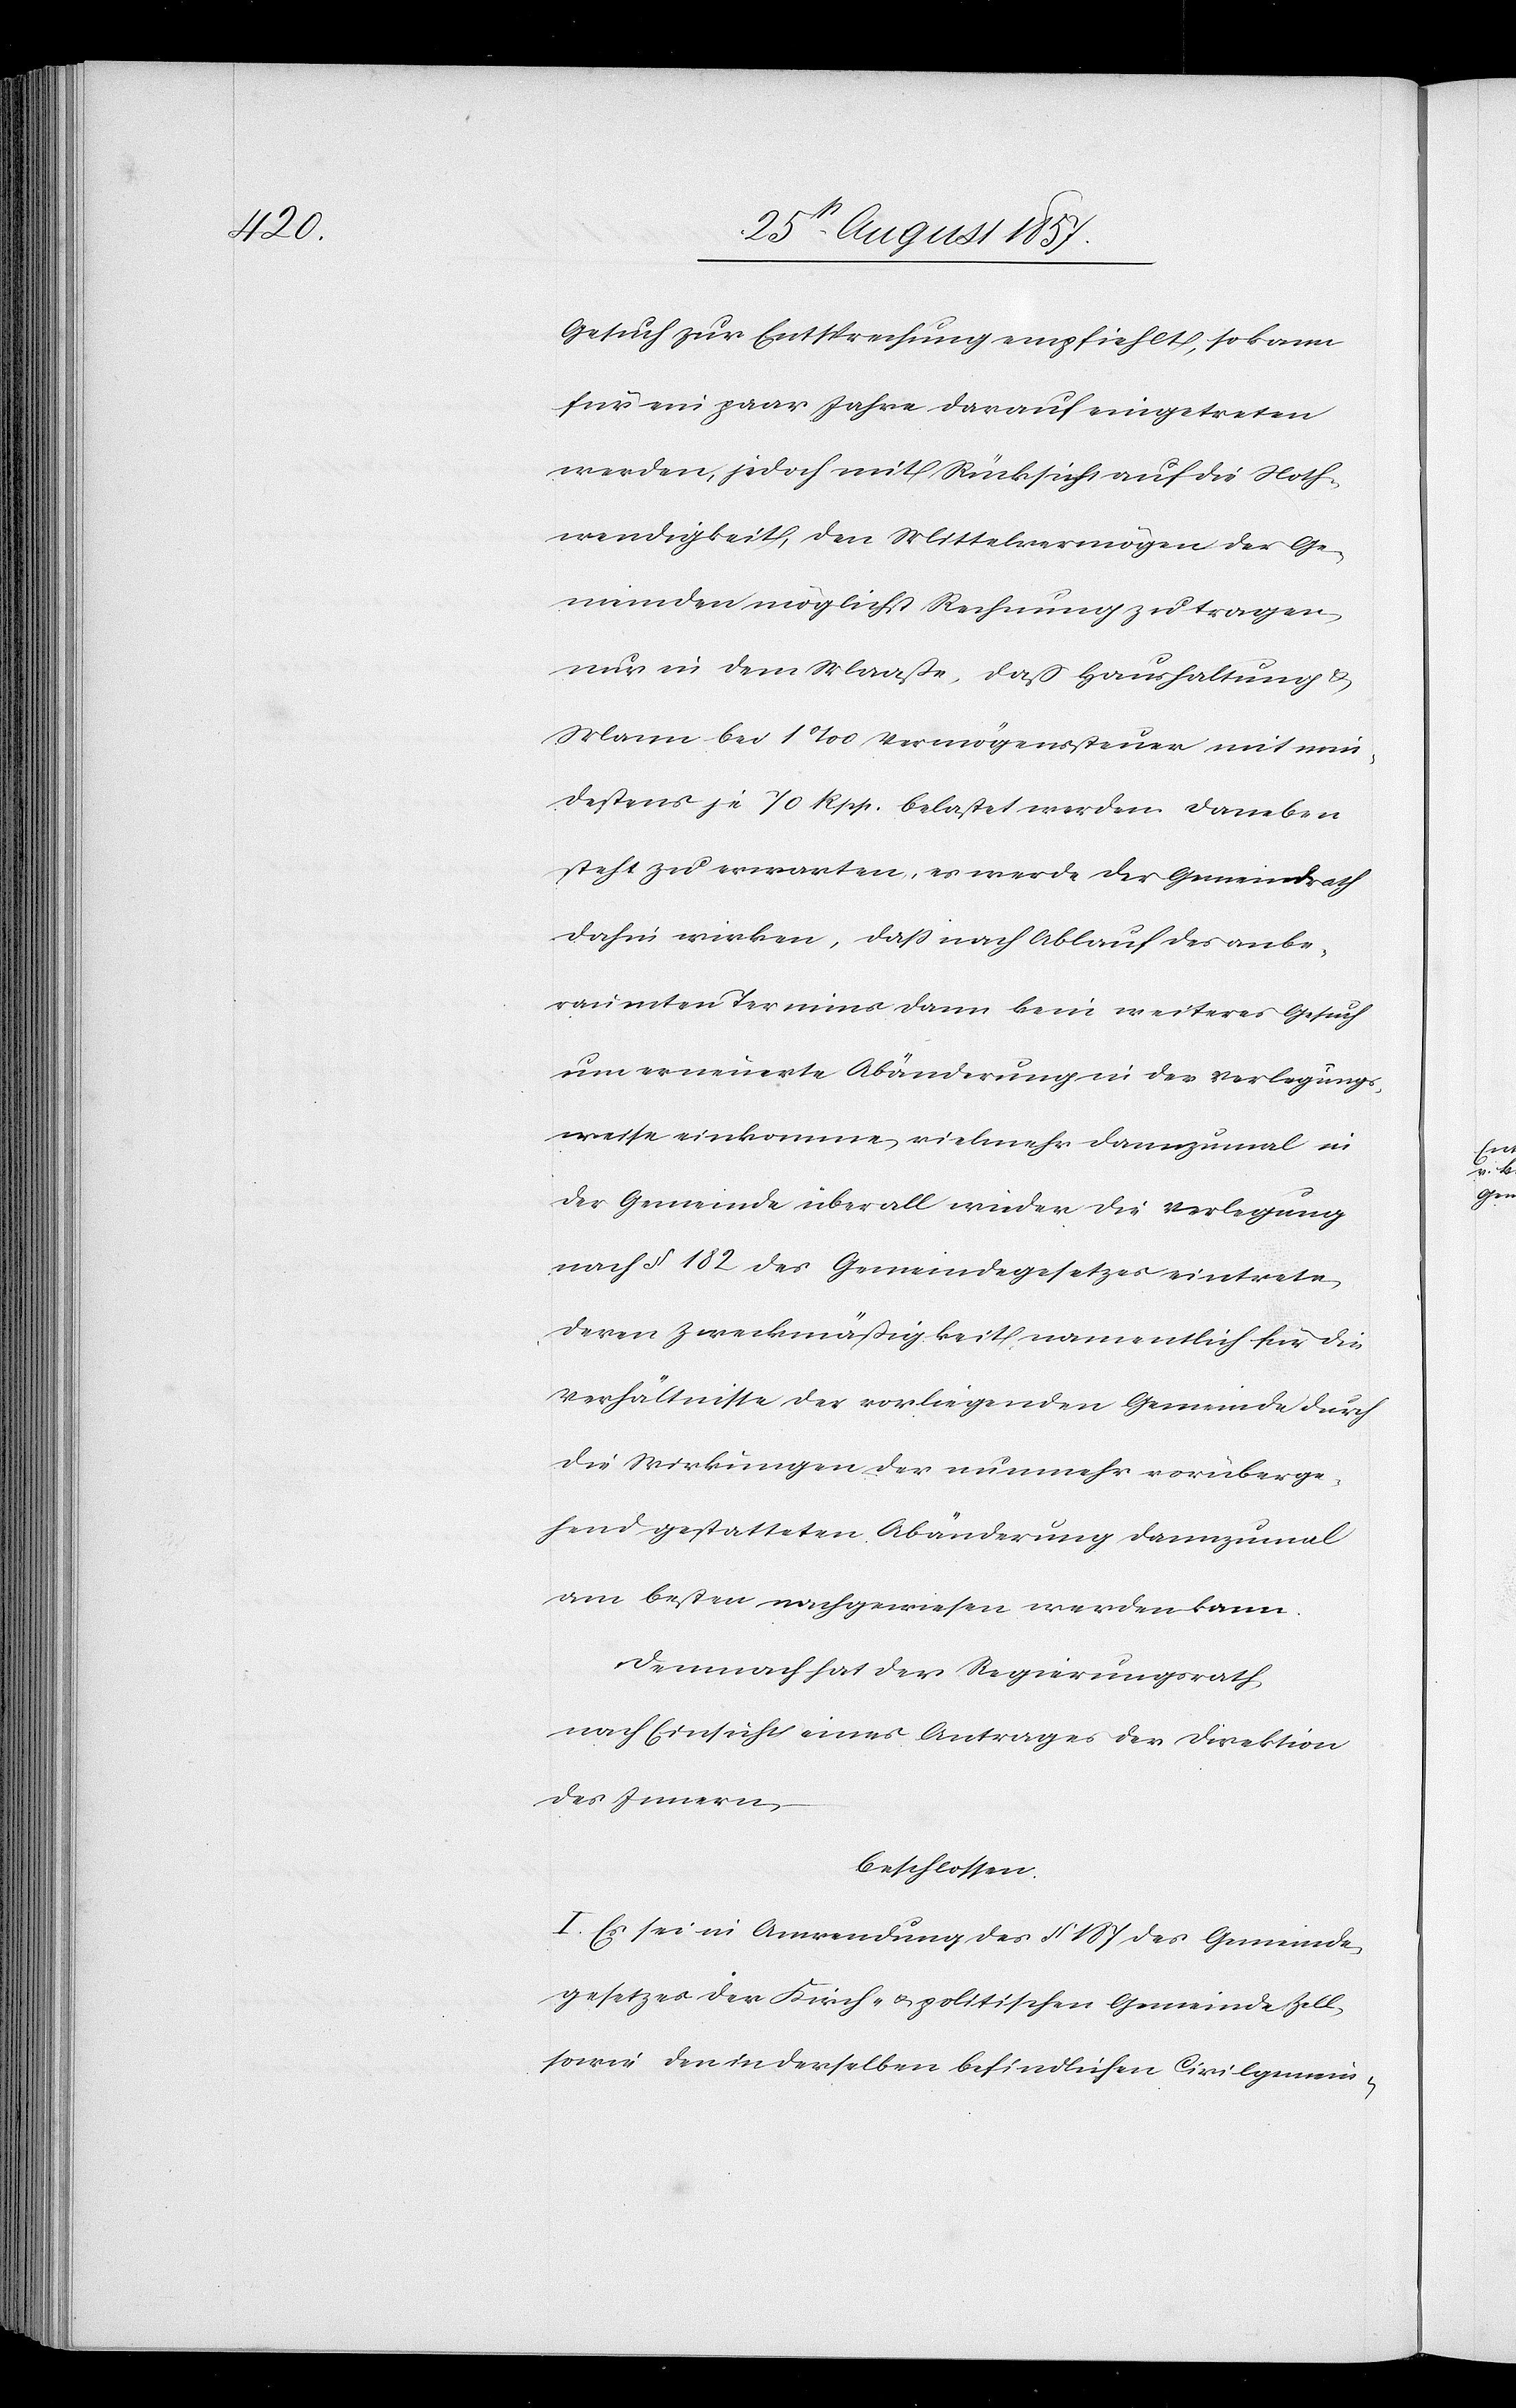
Gesuch zur Entsprechung empfiehlt, so kann
für ein paar Jahre darauf eingetreten
werden, jedoch mit Rücksicht auf die Noth¬
wendigkeit, den Mittelvermögen der Ge¬
meinden möglichst Rechnung zu tragen,
nur in dem Maaße, daß Haushaltung &
Mann bei 1‰ Vermögenssteuer mit min¬
destens je 70 Rpp. belastet werden. Daneben
steht zu erwarten, es werde der Gemeindrath
dahin wirken, daß nach Ablauf des anbe¬
raumten Termines dann kein weiteres Gesuch
um erneuerte Abänderungen in der Verlegungs¬
weise einkomme, vielmehr dannzumal in
der Gemeinde überall wieder die Verlegung
nach § 182 des Gemeindegesetzes eintrete,
deren Zweckmäßigkeit namentlich für die
Verhältnisse der vorliegenden Gemeinde durch
die Wirkungen der nunmehr vorüberge¬
hend gestatteten Abänderung dannzumal
am besten nachgewiesen werden kann.
Demnach hat der Regierungsrath,
nach Einsicht eines Antrages der Direktion
des Innern,
beschlossen:
I. Es sei in Anwendung des § 187 des Gemeinde¬
gesetzes der Kirch- & politischen Gemeinde Zell,
sowie der in derselben befindlichen Civilgemein-